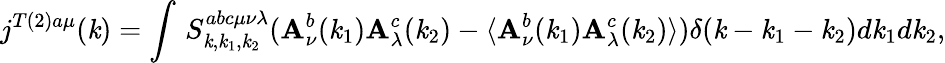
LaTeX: j^{T(2)a\mu}(\mathit{k})=\int\, S_{\mathit{k},\mathit{k}_{1},\mathit{k}_{2}}^{abc\mu\nu\lambda}(\mathbf{A}_{\nu}^{b}(\mathit{k}_{1})\mathbf{A}_{\lambda}^{c}(\mathit{k}_{2})-\langle\mathbf{A}_{\nu}^{b}(\mathit{k}_{1})\mathbf{A}_{\lambda}^{c}(\mathit{k}_{2})\rangle)\delta(\mathit{k}-\mathit{k}_{1}-\mathit{k}_{2})d\mathit{k}_{1}d\mathit{k}_{2},